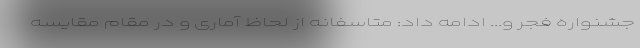
جشنواره فجر و... ادامه داد: متاسفانه از لحاظ آماری و در مقام مقایسه